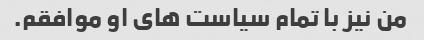
من نیز با تمام سیاست های او موافقم.